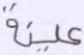
عينة